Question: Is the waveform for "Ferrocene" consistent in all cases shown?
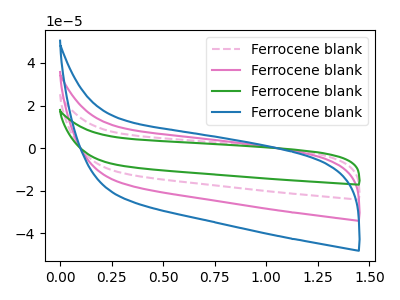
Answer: <think>The pink dashed curve "Ferrocene blank1" has no peaks. The pink curve "Ferrocene blank2" has no peaks. The green curve "Ferrocene blank3" has no peaks. The blue curve "Ferrocene blank4" has no peaks.
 Neither "Ferrocene blank1" or "Ferrocene blank2" have any peaks. Neither "Ferrocene blank1" or "Ferrocene blank3" have any peaks. Neither "Ferrocene blank1" or "Ferrocene blank4" have any peaks. Neither "Ferrocene blank2" or "Ferrocene blank3" have any peaks. Neither "Ferrocene blank2" or "Ferrocene blank4" have any peaks. Neither "Ferrocene blank3" or "Ferrocene blank4" have any peaks.</think>
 <answer>All the CV's of "Ferrocene" have similar shape.</answer>
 <eval>follow_rule</eval>